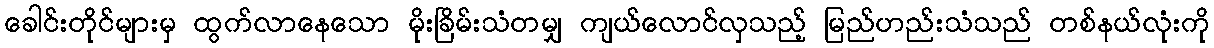
ခေါင်းတိုင်များမှ ထွက်လာနေသော မိုးခြိမ်းသံတမျှ ကျယ်လောင်လှသည့် မြည်ဟည်းသံသည် တစ်နယ်လုံးကို